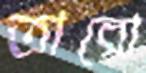
তারো